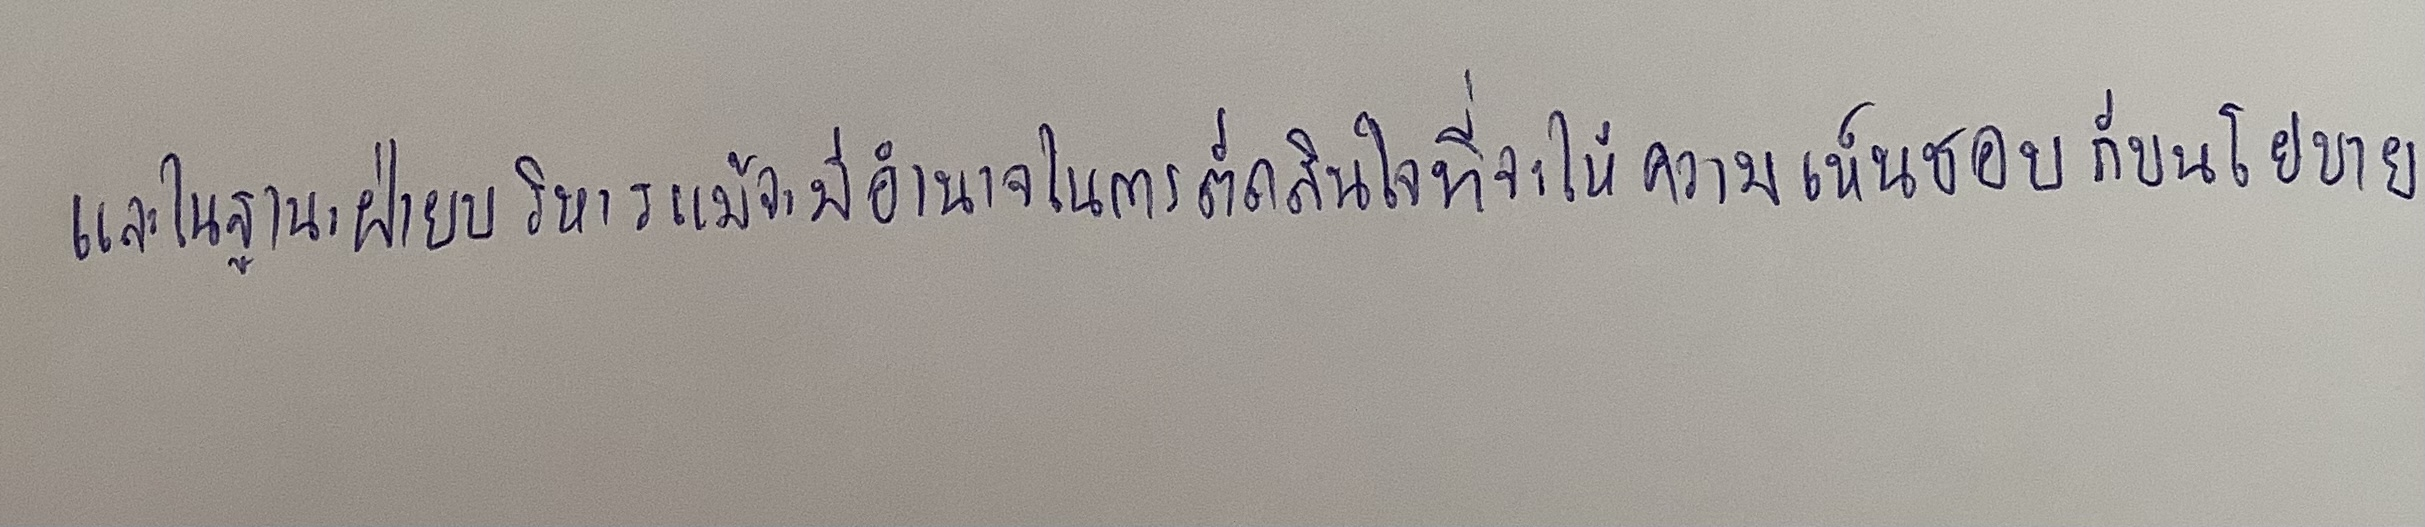
และในฐานะฝ่ายบริหารแม้จะมีอำนาจในการตัดสินใจที่จะให้ความเห็นชอบกับนโยบาย